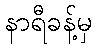
နာရီခန့်မှ